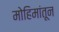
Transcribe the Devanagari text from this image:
मोहिमांतून